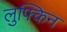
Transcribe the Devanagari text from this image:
लुफ्किन